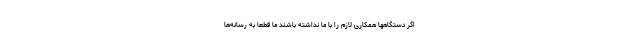
اگر دستگاهها همکاری لازم را با ما نداشته باشند ما قطعا به رسانه‌ها